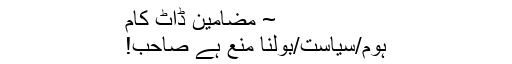
~ مضامین ڈاٹ کام
ہوم/سیاست/بولنا منع ہے صاحب!